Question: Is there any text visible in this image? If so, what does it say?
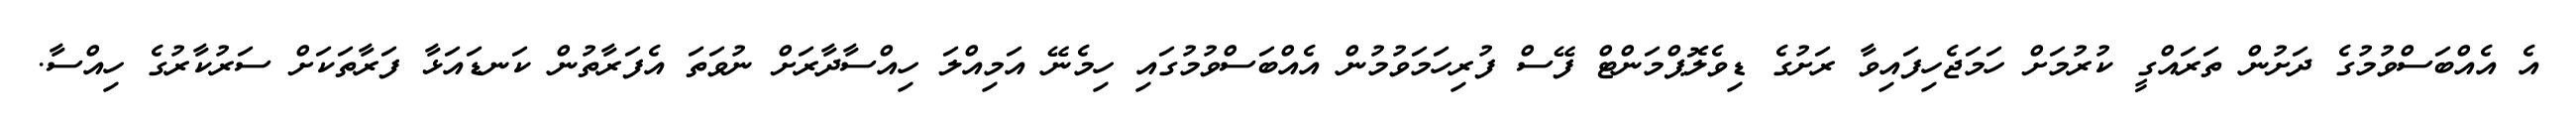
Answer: އެ އެއްބަސްވުމުގެ ދަށުން ތަރައްގީ ކުރުމަށް ހަމަޖެހިފައިވާ ރަށުގެ ޑިވެލޮޕްމަންޓް ފޭސް ފުރިހަމަވުމުން އެއްބަސްވުމުގައި ހިމެނޭ އަމިއްލަ ހިއްސާދާރަށް ނުވަތަ އެފަރާތުން ކަނޑައަޅާ ފަރާތަކަށް ސަރުކާރުގެ ހިއްސާ.